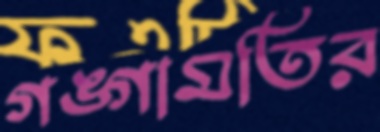
গঙ্গামতির